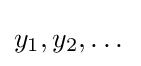
y_{1},y_{2},\dots